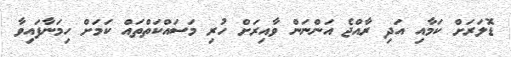
ޑޮލަރަށް ކަމާއި އަދި ރާއްޖެ އަންނަން ވާއިރަށް ހުރި މަސައްކަތްތައް ކަމަށް ހިމަނާފައިވާ